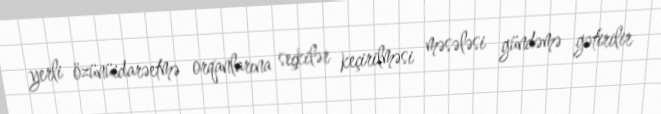
yerli özünüidarəetmə orqanlarına seçkilər keçirilməsi məsələsi gündəmə gətirilir